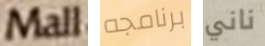
Mall برنامجه ناني